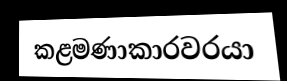
කළමණාකාරවරයා